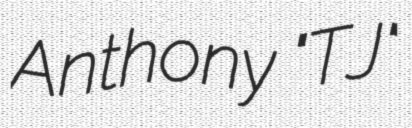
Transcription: Anthony "TJ"